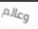
وعالم